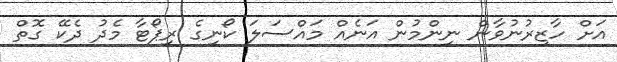
އަށް ހާޒިރުނުވާން ނިންމުން އަނެއް މައްސަލަ ކޯނިގެ ރިޕޯޓާ މެދު ދެކޭ ގޮތް